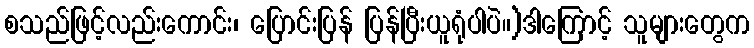
စသည်ဖြင့်လည်းကောင်း၊ ပြောင်းပြန် ပြန်ပြီးယူရုံပါပဲ။)ဒါကြောင့် သူများတွေက